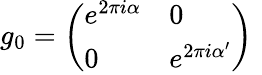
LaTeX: g_{0}={\left(\begin{array}{ll}{e^{2\pi i\alpha}}&{0}\\ {0}&{e^{2\pi i\alpha^{\prime}}}\end{array}\right)}\, \,